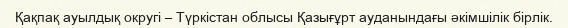
Қақпақ ауылдық округі – Түркістан облысы Қазығұрт ауданындағы әкімшілік бірлік.